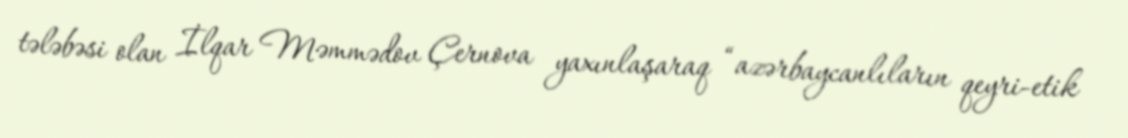
tələbəsi olan İlqar Məmmədov Çernova yaxınlaşaraq “azərbaycanlıların qeyri-etik